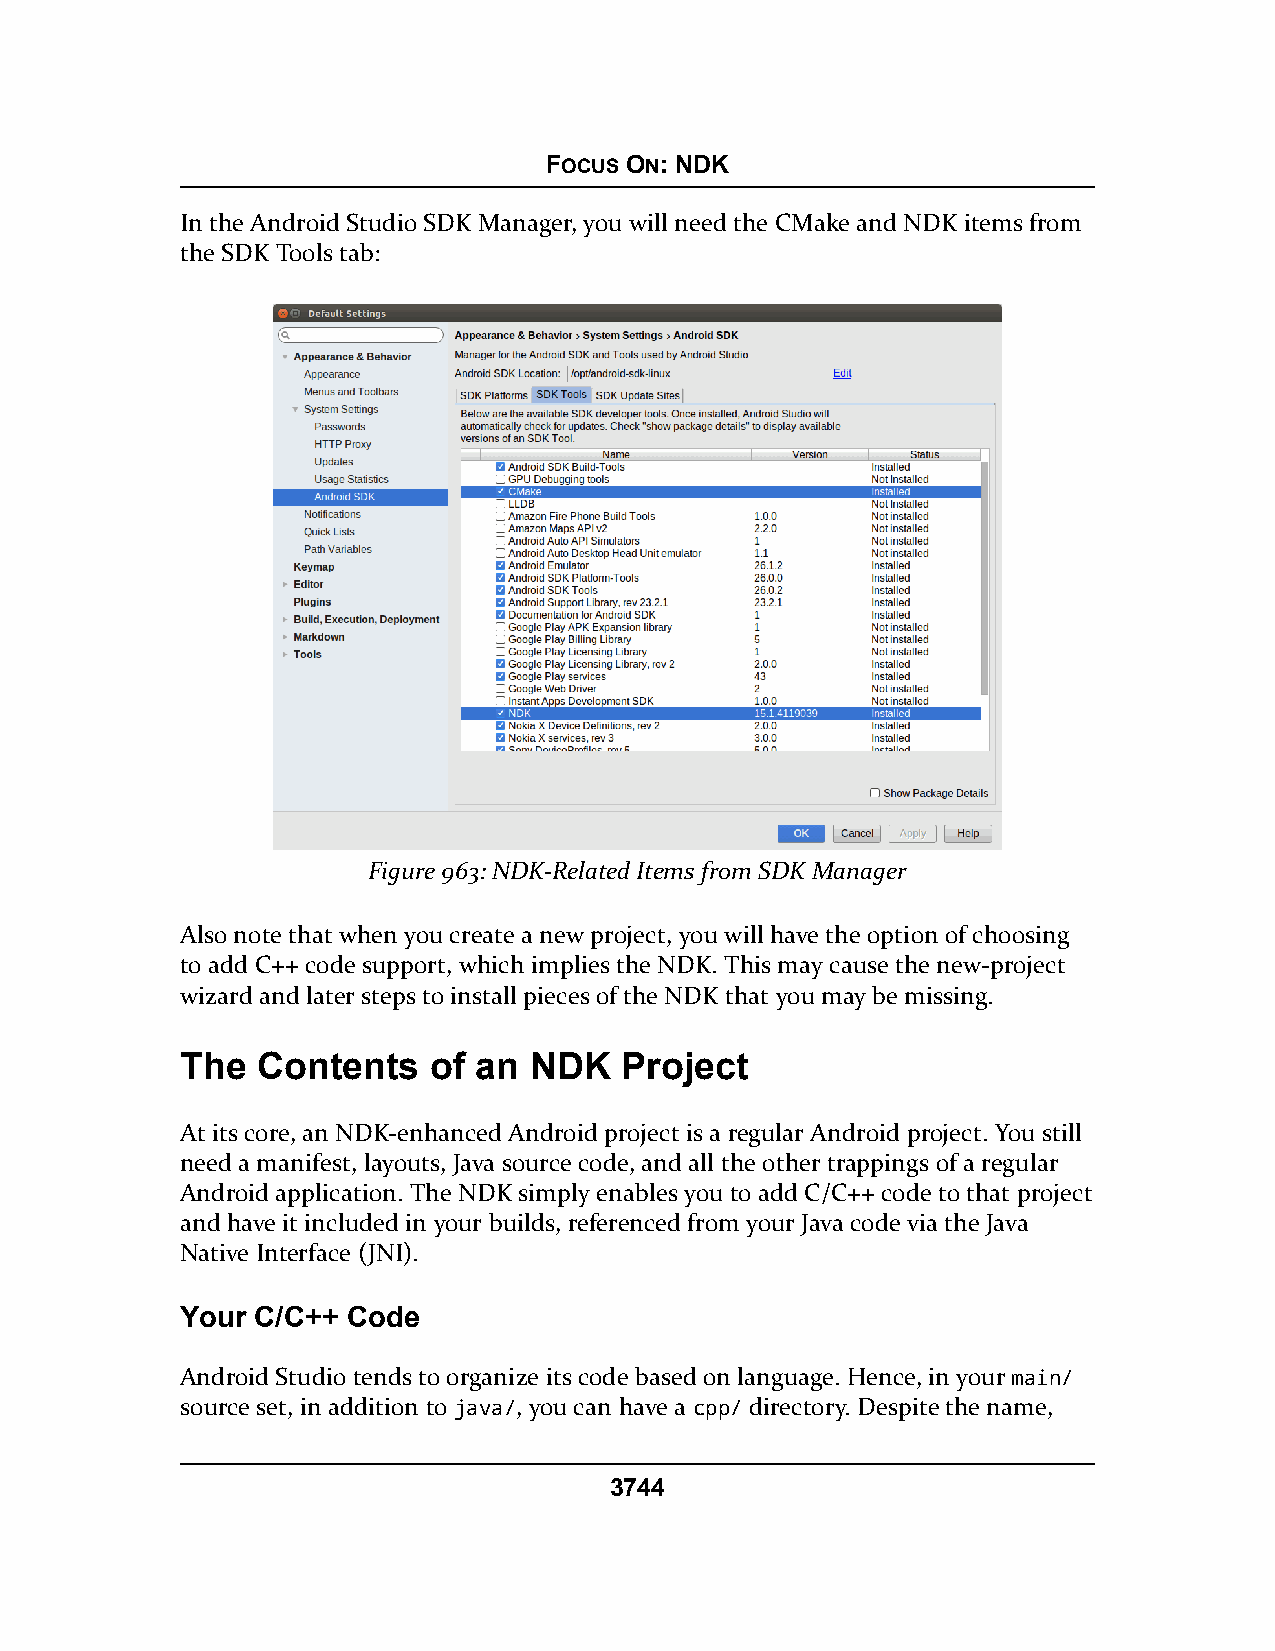
FOCUS ON: NDK
 In the Android Studio SDK Manager, you will need the CMake and NDK items from
 the SDK Tools tab:
 Figure 963: NDK-Related Items from SDK Manager
 Also note that when you create a new project, you will have the option of choosing
 to add C++ code support, which implies the NDK. This may cause the new-project
 wizard and later steps to install pieces of the NDK that you may be missing.
 The  Contents   of an  NDK   Project
 At its core, an NDK-enhanced Android project is a regular Android project. You still
 need a manifest, layouts, Java source code, and all the other trappings of a regular
 Android application. The NDK simply enables you to add C/C++ code to that project
 and have it included in your builds, referenced from your Java code via the Java
 Native Interface (JNI).
 Your C/C++ Code
 Android Studio tends to organize its code based on language. Hence, in your main/
 source set, in addition to java/, you can have a cpp/ directory. Despite the name,
 3744